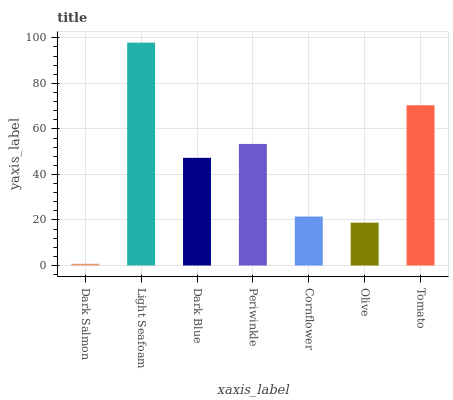
| xaxis_label | bars |
 | --- | --- |
 | Dark Salmon | 0.756 |
 | Light Seafoam | 97.9 |
 | Dark Blue | 47.3 |
 | Periwinkle | 53.4 |
 | Cornflower | 21.5 |
 | Olive | 18.8 |
 | Tomato | 70.4 |